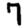
Digit: 7